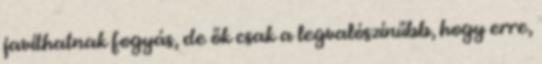
javíthatnak fogyás, de ők csak a legvalószínűbb, hogy erre,